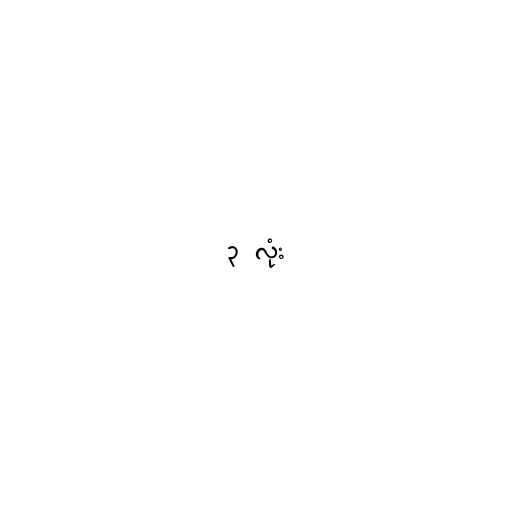
၃ လုံး